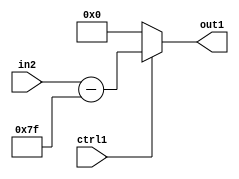
`timescale 1ps / 1ps
/*****************************************************************************
    Verilog RTL Description
    
    
    Created by: CellMath Designer 2019.1.01 
*******************************************************************************/

module float2fix_MuxSubi127u8i0u1_1 (
	in2,
	ctrl1,
	out1
	); /* architecture "behavioural" */ 
input [7:0] in2;
input  ctrl1;
output [7:0] out1;
wire [7:0] asc001,
	asc003;

assign asc003 = 
	+(in2)
	-(8'B01111111);

reg [7:0] asc001_tmp_0;
assign asc001 = asc001_tmp_0;
always @ (ctrl1 or asc003) begin
	case (ctrl1)
		1'B1 : asc001_tmp_0 = asc003 ;
		default : asc001_tmp_0 = 8'B00000000 ;
	endcase
end

assign out1 = asc001;
endmodule

/* CADENCE  v7PwQgg= : u9/ySgnWtBlWxVPRXgAZ4Og= ** DO NOT EDIT THIS LINE ******/